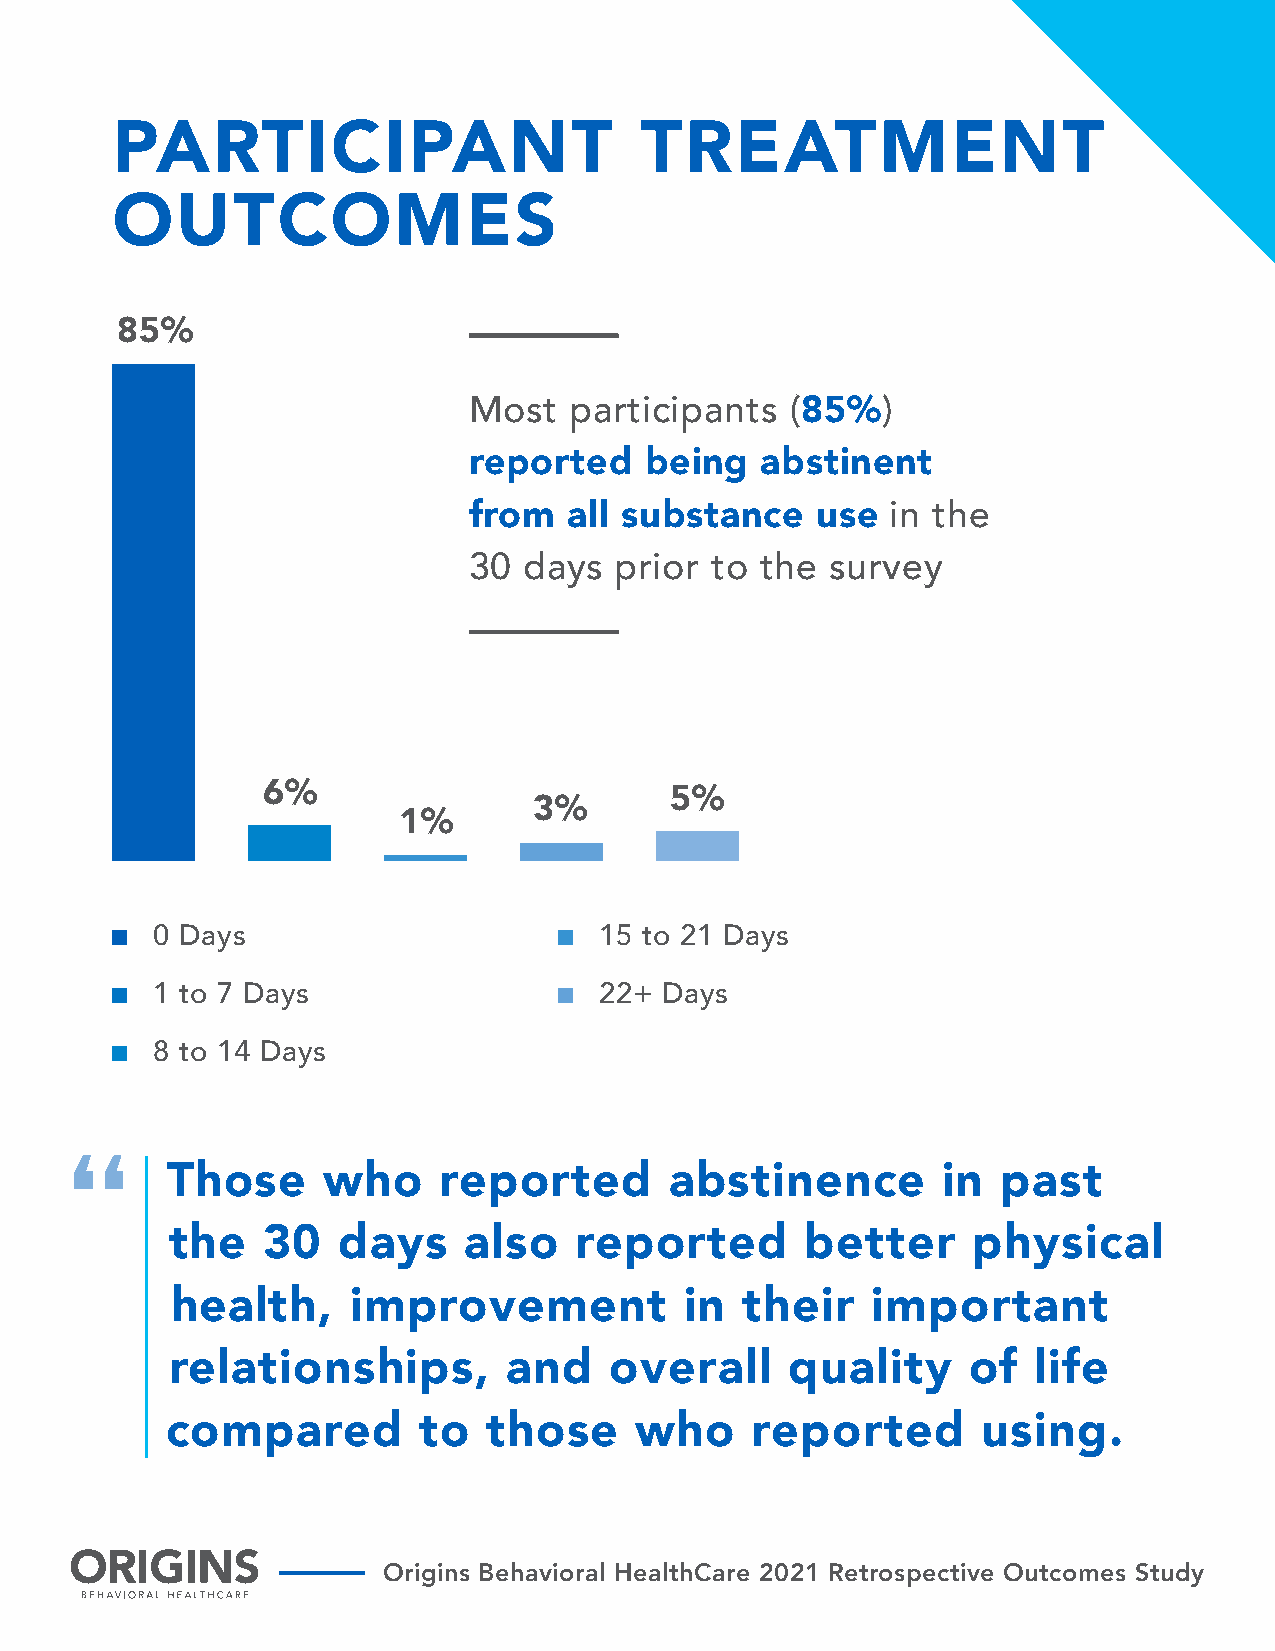
PARTICIPANT                        TREATMENT
 OUTCOMES
 85%
 Most   participants  (85%)
 reported    being  abstinent
 from   all substance   use  in the
 30  days  prior to the  survey
 6%                         5%
 3%
 1%
 0 Days                        15 to 21 Days
 1 to 7 Days                   22+ Days
 8 to 14 Days
 “
 Those     who     reported       abstinence        in  past
 the   30   days     also   reported       better     physical
 health,     improvement           in  their    important
 relationships,         and   overall     quality     of   life
 compared         to  those     who     reported       using.
 Origins Behavioral HealthCare 2021 Retrospective Outcomes Study